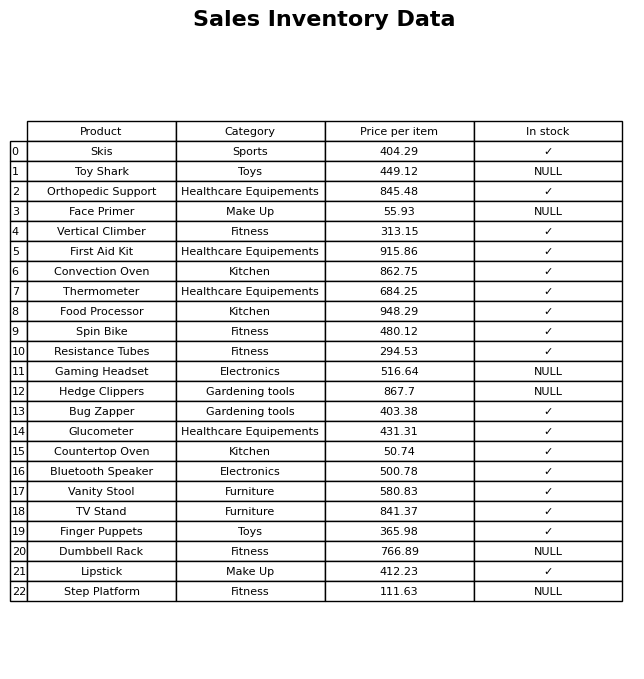
question: What is the price of the Gaming Headset?
answer: The price of Gaming Headset is 516.64.